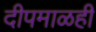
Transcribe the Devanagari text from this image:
दीपमाळही